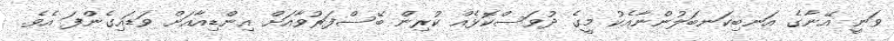
ވަނީ އޭނާގެ އަނބިކަނބަލުންނާއެކު މީގެ ދުވަސްކޮޅެއް ކުރިން ބޭސްފަރުވާއަށް އިންޑިއާއަށް ވަޑައިގެންފަ އެވެ.